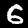
Digit: 6